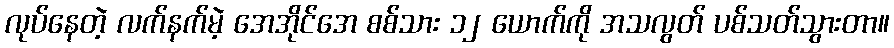
လုပ်နေတဲ့ လက်နက်မဲ့ အေအိုင်အေ စစ်သား ၁၂ ယောက်ကို အသလွတ် ပစ်သတ်သွားတာ။